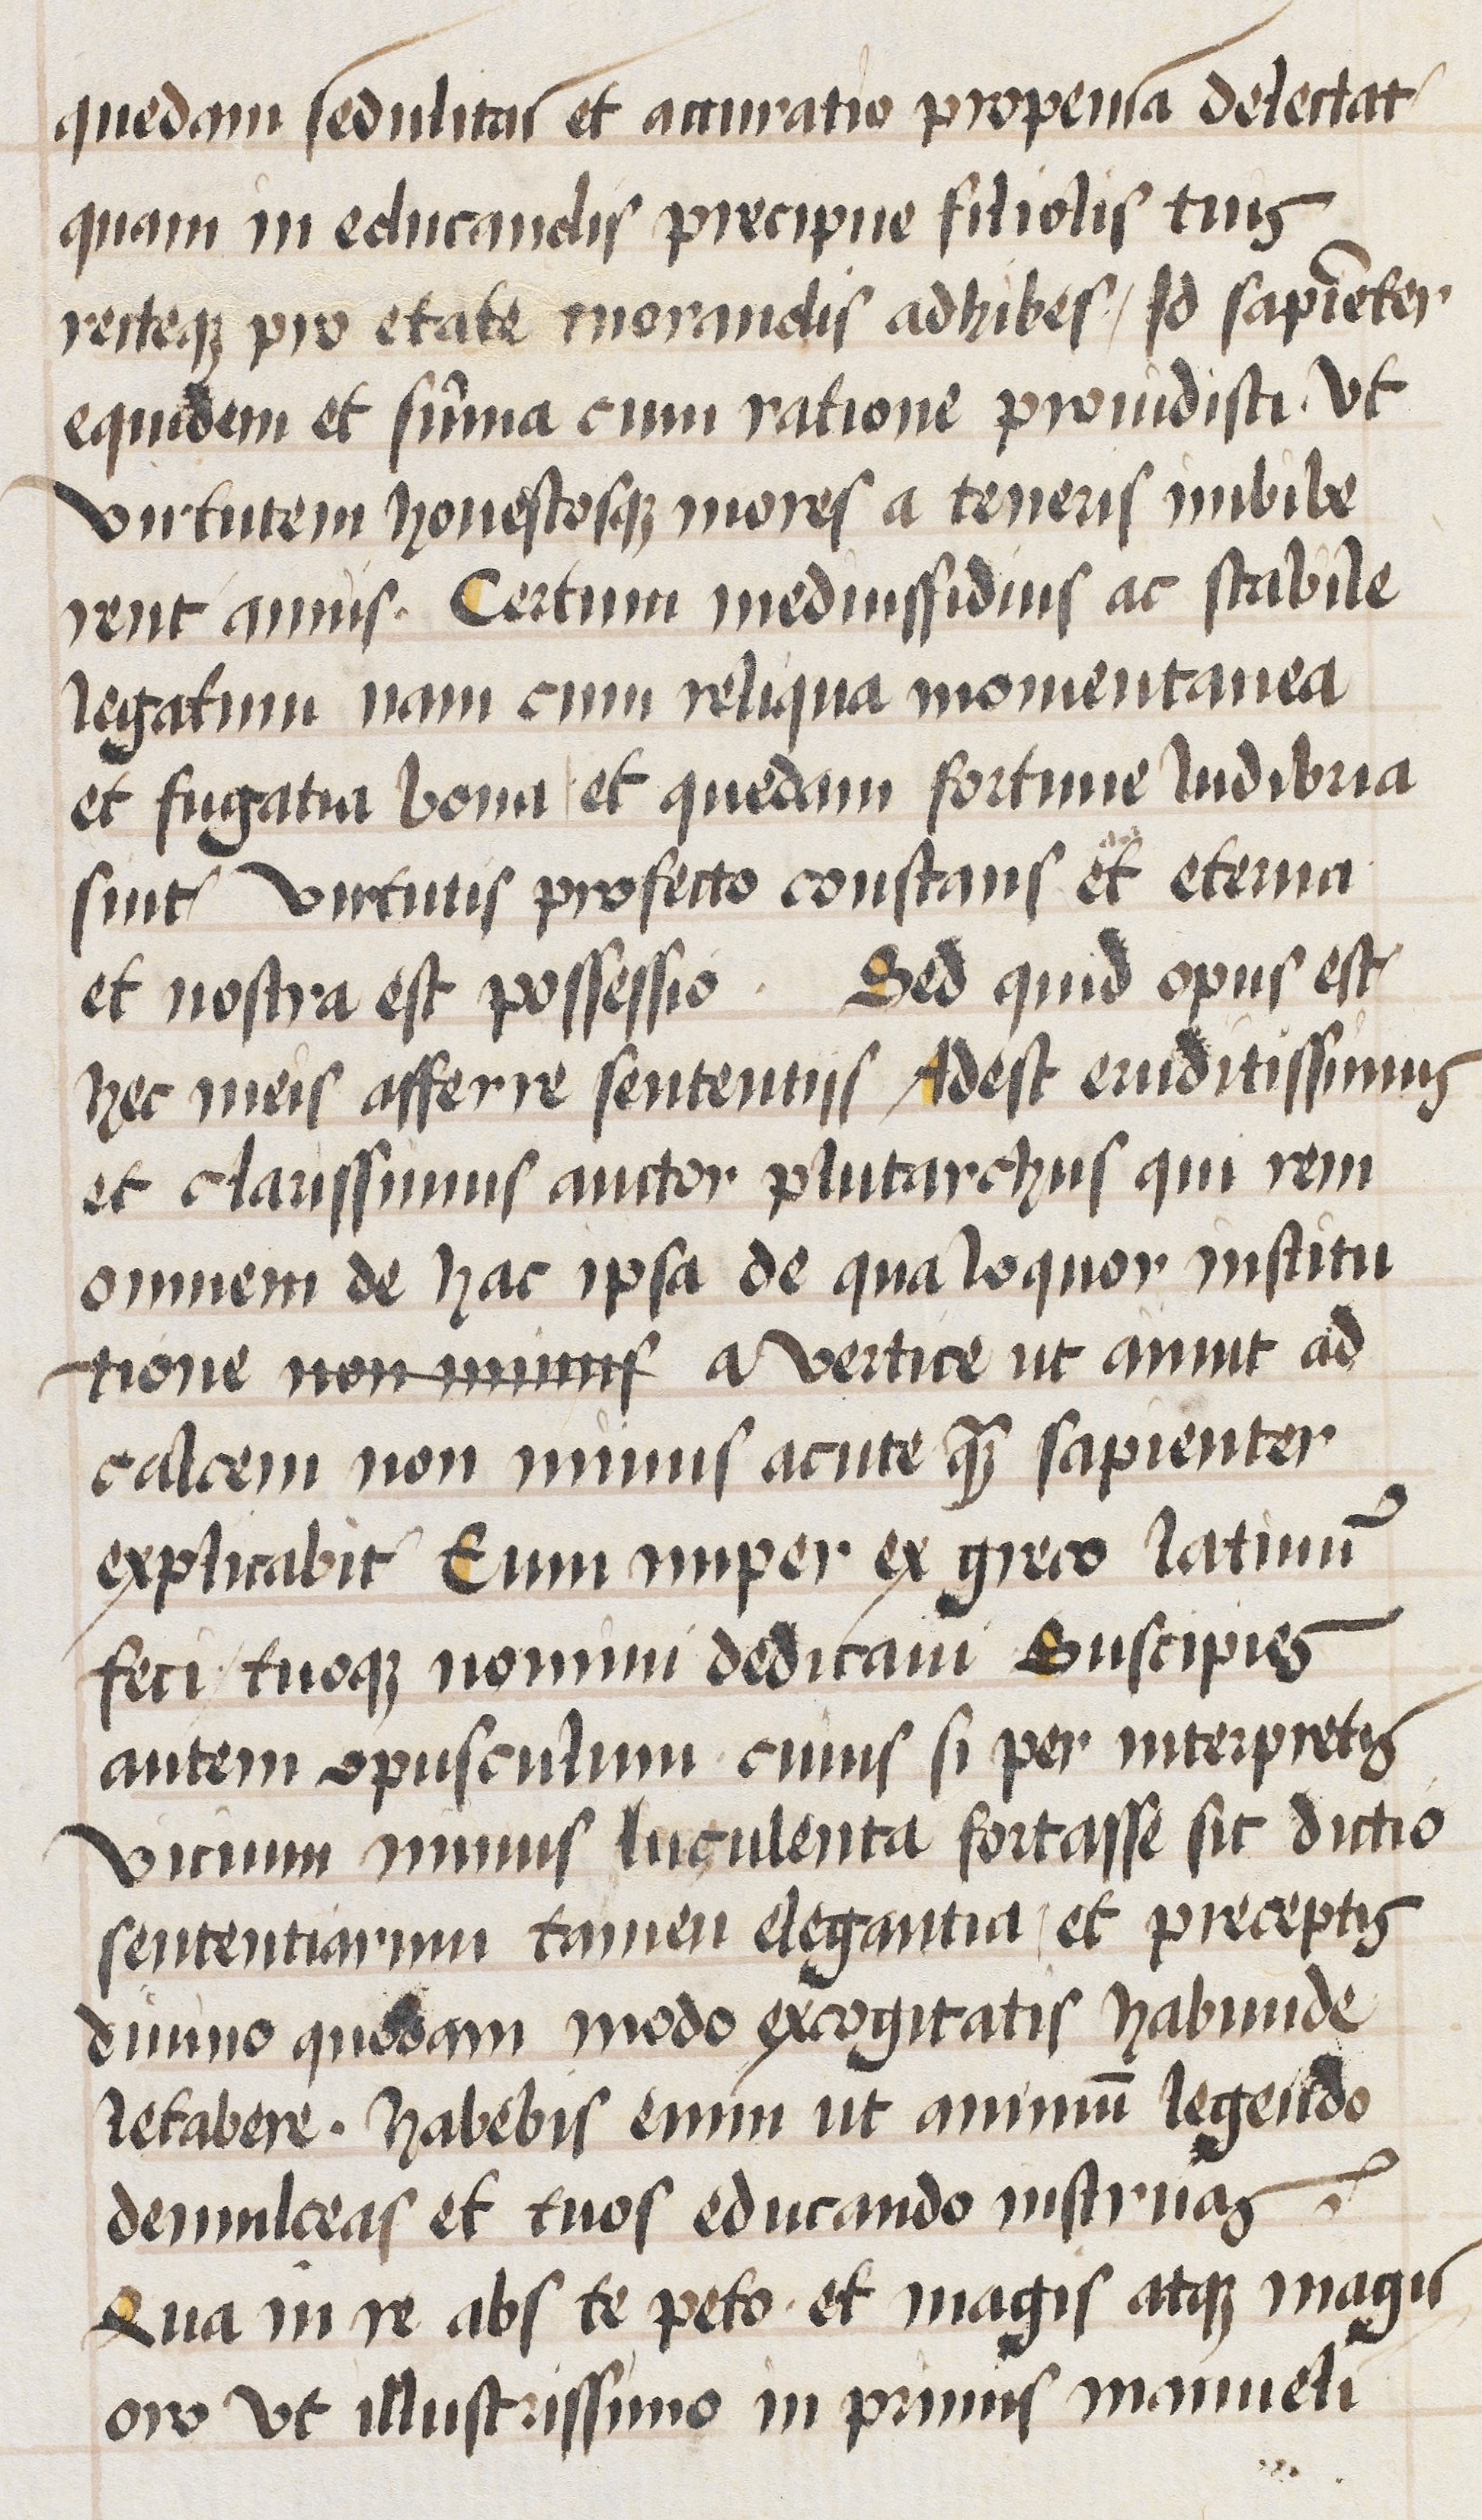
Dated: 1470–1488